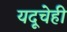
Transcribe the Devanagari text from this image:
यदूचेही